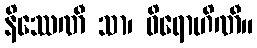
နိဿေဏီ သာ၊ ဓိရောဟိဏီ။